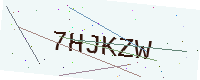
Text: 7HJKZW